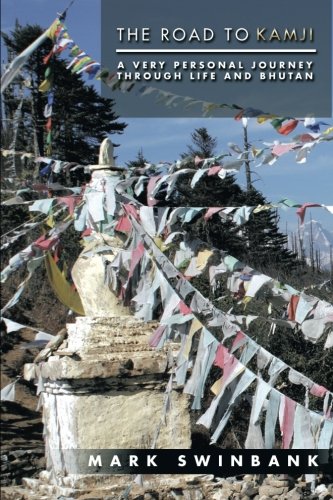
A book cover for The Road to Kamji: A Very Personal Journey Through Life and Bhutan; Mark Swinbank; Travel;